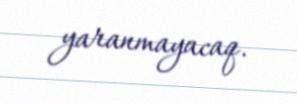
yaranmayacaq.